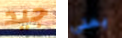
جيد يمنى